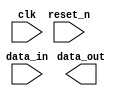
module lvcmos_buffer (
    input wire clk, // Clock signal
    input wire reset_n, // Reset signal
    input wire [7:0] data_in, // Input data from FPGA fabric
    output wire [7:0] data_out, // Output data to LVCMOS device
    // Additional input and output ports for configuration parameters
);

// LVCMOS buffer functionality
// Implement LVCMOS buffer logic here

endmodule